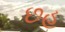
છહ